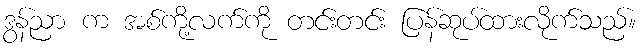
ဒွန်ညာ က အစ်ကို့လက်ကို တင်းတင်း ပြန်ဆုပ်ထားလိုက်သည်။